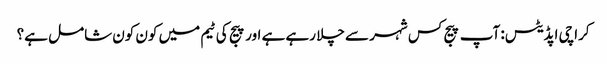
کراچی اپڈیٹس: آپ پیج کس شہر سے چلا رہے ہے اور پیج کی ٹیم میں کون کون شامل ہے؟